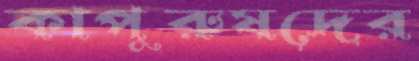
কাপুরুষদের